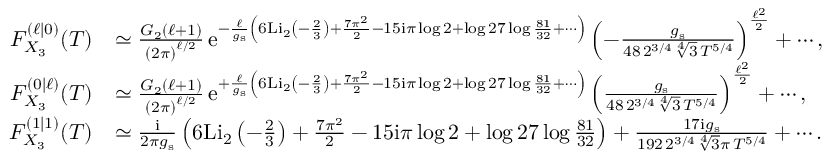
\begin{array} { r l } { F _ { X _ { 3 } } ^ { ( \ell | 0 ) } ( T ) } & { \simeq \frac { G _ { 2 } ( \ell + 1 ) } { \left( 2 \pi \right) ^ { \ell / 2 } } \, { \mathrm { e } } ^ { - \frac { \ell } { g _ { \mathrm { s } } } \left( 6 \mathrm { L i } _ { 2 } \left( - \frac { 2 } { 3 } \right) + \frac { 7 \pi ^ { 2 } } { 2 } - 1 5 { \mathrm { i } } \pi \log 2 + \log 2 7 \log \frac { 8 1 } { 3 2 } + \cdots \right) } \left( - \frac { g _ { \mathrm { s } } } { 4 8 \, 2 ^ { 3 / 4 } \sqrt [ 4 ] { 3 } \, T ^ { 5 / 4 } } \right) ^ { \frac { \ell ^ { 2 } } { 2 } } + \cdots , } \\ { F _ { X _ { 3 } } ^ { ( 0 | \ell ) } ( T ) } & { \simeq \frac { G _ { 2 } ( \ell + 1 ) } { \left( 2 \pi \right) ^ { \ell / 2 } } \, { \mathrm { e } } ^ { + \frac { \ell } { g _ { \mathrm { s } } } \left( 6 \mathrm { L i } _ { 2 } \left( - \frac { 2 } { 3 } \right) + \frac { 7 \pi ^ { 2 } } { 2 } - 1 5 { \mathrm { i } } \pi \log 2 + \log 2 7 \log \frac { 8 1 } { 3 2 } + \cdots \right) } \left( \frac { g _ { \mathrm { s } } } { 4 8 \, 2 ^ { 3 / 4 } \sqrt [ 4 ] { 3 } \, T ^ { 5 / 4 } } \right) ^ { \frac { \ell ^ { 2 } } { 2 } } + \cdots , } \\ { F _ { X _ { 3 } } ^ { ( 1 | 1 ) } ( T ) } & { \simeq \frac { { \mathrm { i } } } { 2 \pi g _ { \mathrm { s } } } \left( 6 \mathrm { L i } _ { 2 } \left( - \frac { 2 } { 3 } \right) + \frac { 7 \pi ^ { 2 } } { 2 } - 1 5 { \mathrm { i } } \pi \log 2 + \log 2 7 \log \frac { 8 1 } { 3 2 } \right) + \frac { 1 7 { \mathrm { i } } g _ { \mathrm { s } } } { 1 9 2 \, 2 ^ { 3 / 4 } \sqrt [ 4 ] { 3 } \pi \, T ^ { 5 / 4 } } + \cdots . } \end{array}